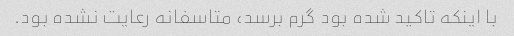
با اینکه تاکید شده بود گرم برسد، متاسفانه رعایت نشده بود.